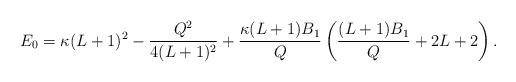
LaTeX: \begin{align*} E_0 = \kappa(L+1)^2 - \frac{Q^2}{4(L+1)^2} + \frac{\kappa(L+1)B_1}{Q} \left(\frac{(L+1)B_1}{Q} +2L+2\right).\end{align*}